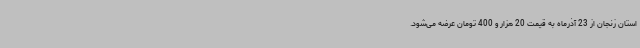
استان زنجان از 23 آذرماه به قیمت 20 هزار و 400 تومان عرضه می‌شود.